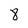
Character: 8